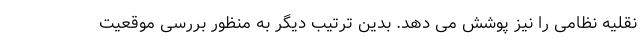
نقلیه نظامی را نیز پوشش می دهد. بدین ترتیب دیگر به منظور بررسی موقعیت